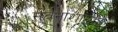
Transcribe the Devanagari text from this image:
सर्वनाशासाठे